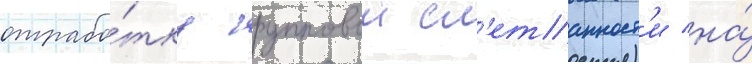
отрабо́тку групповои сл'етанност'и на́